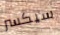
سيكسر